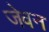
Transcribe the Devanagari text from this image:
जेवन